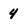
Character: 4